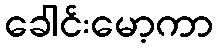
ခေါင်းမော့ကာ